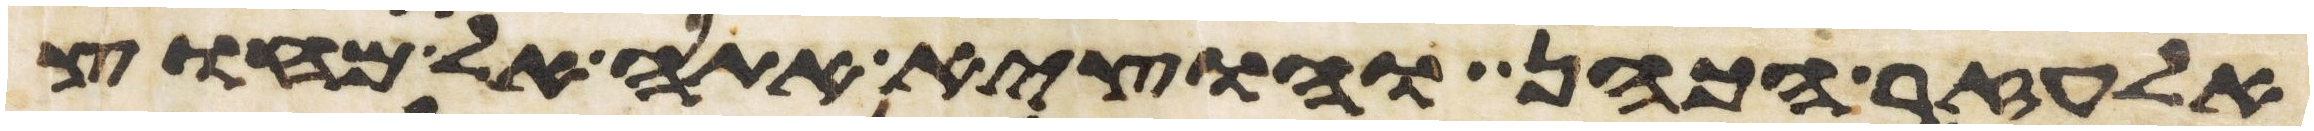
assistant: אלעזר הכהן והוציא אתה אל מחוץ